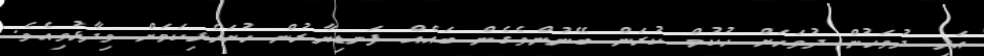
އަދި ދުވަހުން ދުވަހަށް ހުކުމް ކުރަން ބޭނުންވެގެން ބައެއް ފަނޑިޔާރުން ހުށަހެޅިކަމަށް ވިދާޅުވިއެވެ.